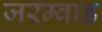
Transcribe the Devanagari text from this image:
जरम्वाड़